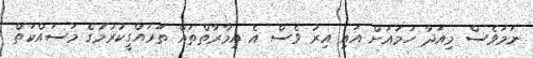
ނަމަވެސް މިއަދާ ހަމައަށް އައި އިރު ވެސް އެ އިމާރާތްތައް ތަރައްގީކުރުުމުގެ މަސައްކަތް